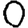
Digit: 0